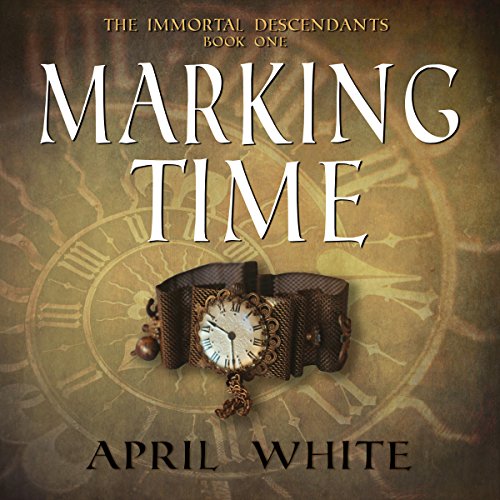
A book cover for Marking Time: The Immortal Descendants, Volume 1; April White; Romance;